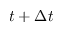
t + \Delta t